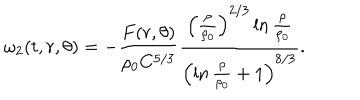
\omega _ { 2 } ( t , r , \theta ) = - \frac { F ( r , \theta ) } { \rho _ { 0 } C ^ { 5 / 3 } } \frac { \left( \frac { \rho } { \rho _ { 0 } } \right) ^ { 2 / 3 } \ln \frac { \rho } { \rho _ { 0 } } } { \left( \ln \frac { \rho } { \rho _ { 0 } } + 1 \right) ^ { 8 / 3 } } .